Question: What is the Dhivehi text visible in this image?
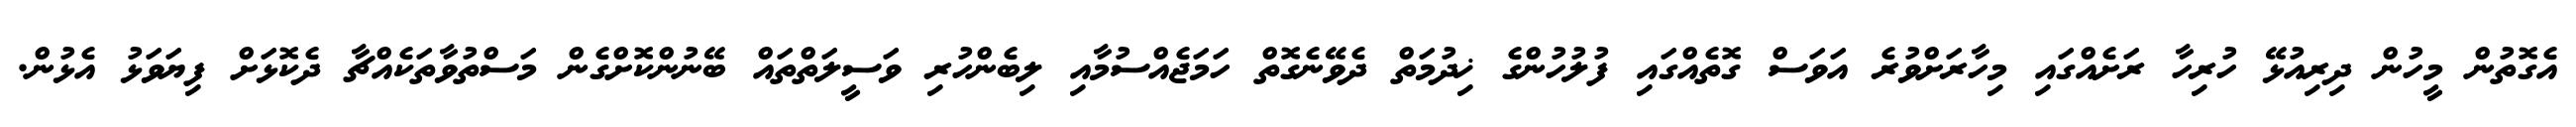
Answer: އެގޮތުން މީހުން ދިރިއުޅޭ ހުރިހާ ރަށެއްގައި މިހާރަށްވުރެ އަވަސް ގޮތެއްގައި ފުލުހުންގެ ޚިދުމަތް ދެވޭނެގޮތް ހަމަޖެއްސުމާއި ލިބެންހުރި ވަސީލަތްތައް ބޭނުންކޮށްގެން މަސްތުވާތަކެއްޗާ ދެކޮޅަށް ފިޔަވަޅު އެޅުން.